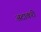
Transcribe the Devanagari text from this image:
अदाकरी